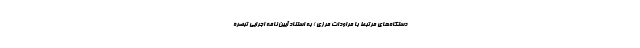
دستگاه‌های مرتبط با مراودات مرزی ) به استناد آیین نامه اجرایی تبصره